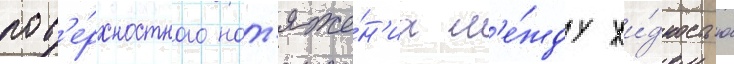
пов'е́рхностного нат'яже́н'иа м'е́жду жи́дкостью